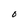
Character: O